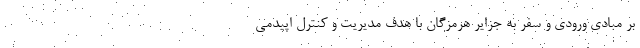
بر مبادی ورودی و سفر به جزایر هرمزگان با هدف مدیریت و کنترل اپیدمی